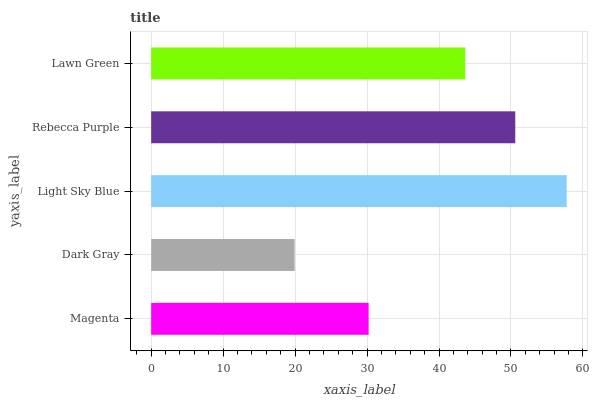
| yaxis_label | bars |
 | --- | --- |
 | Magenta | 30.2 |
 | Dark Gray | 19.9 |
 | Light Sky Blue | 57.7 |
 | Rebecca Purple | 50.6 |
 | Lawn Green | 43.6 |